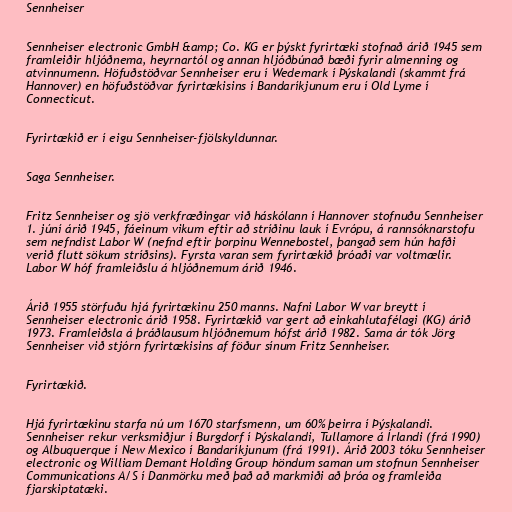
Sennheiser

Sennheiser electronic GmbH &amp; Co. KG er þýskt fyrirtæki stofnað árið 1945 sem
framleiðir hljóðnema, heyrnartól og annan hljóðbúnað bæði fyrir almenning og
atvinnumenn. Höfuðstöðvar Sennheiser eru í Wedemark í Þýskalandi (skammt frá
Hannover) en höfuðstöðvar fyrirtækisins í Bandaríkjunum eru í Old Lyme í
Connecticut.

Fyrirtækið er í eigu Sennheiser-fjölskyldunnar.

Saga Sennheiser.

Fritz Sennheiser og sjö verkfræðingar við háskólann í Hannover stofnuðu Sennheiser
1. júní árið 1945, fáeinum vikum eftir að stríðinu lauk í Evrópu, á rannsóknarstofu
sem nefndist Labor W (nefnd eftir þorpinu Wennebostel, þangað sem hún hafði
verið flutt sökum stríðsins). Fyrsta varan sem fyrirtækið þróaði var voltmælir.
Labor W hóf framleiðslu á hljóðnemum árið 1946.

Árið 1955 störfuðu hjá fyrirtækinu 250 manns. Nafni Labor W var breytt í
Sennheiser electronic árið 1958. Fyrirtækið var gert að einkahlutafélagi (KG) árið
1973. Framleiðsla á þráðlausum hljóðnemum hófst árið 1982. Sama ár tók Jörg
Sennheiser við stjórn fyrirtækisins af föður sínum Fritz Sennheiser.

Fyrirtækið.

Hjá fyrirtækinu starfa nú um 1670 starfsmenn, um 60% þeirra í Þýskalandi.
Sennheiser rekur verksmiðjur í Burgdorf í Þýskalandi, Tullamore á Írlandi (frá 1990)
og Albuquerque í New Mexico í Bandaríkjunum (frá 1991). Árið 2003 tóku Sennheiser
electronic og William Demant Holding Group höndum saman um stofnun Sennheiser
Communications A/S í Danmörku með það að markmiði að þróa og framleiða
fjarskiptatæki.